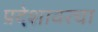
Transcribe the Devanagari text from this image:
प्रदेशावरचा